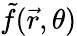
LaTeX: \tilde{f}(\vec{r},\theta)